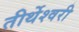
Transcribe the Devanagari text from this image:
तीर्थेश्वरी